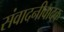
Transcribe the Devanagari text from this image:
संवादनीवादक